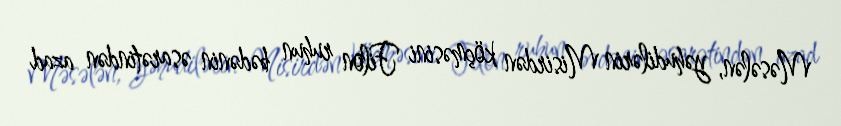
Məsələn, yəhudilərin Misirdən köçməsini Filon ruhun bədənin əsarətindən azad